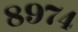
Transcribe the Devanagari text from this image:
८९७४